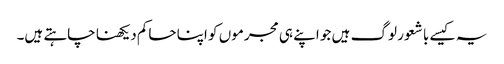
یہ کیسے با شعور لوگ ہیں جو اپنے ہی مجرموں کو اپنا حاکم دیکھنا چاہتے ہیں۔